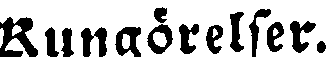
Rungörelser.